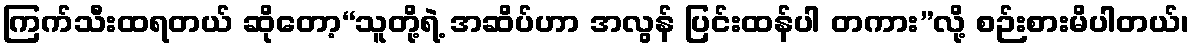
ကြက်သီးထရတယ် ဆိုတော့“သူတို့ရဲ့ အဆိပ်ဟာ အလွန် ပြင်းထန်ပါ တကား”လို့ စဉ်းစားမိပါတယ်၊